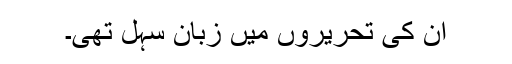
ان کی تحریروں میں زبان سہل تھی۔